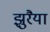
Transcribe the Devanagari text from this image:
झुरैया